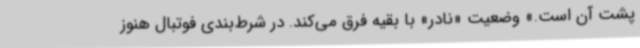
پشت آن است.» وضعیت «نادر» با بقیه فرق می‌کند. در شرط‌بندی فوتبال هنوز